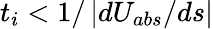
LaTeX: t_{i}<1/\left|dU_{abs}/ds\right|